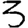
Digit: 3